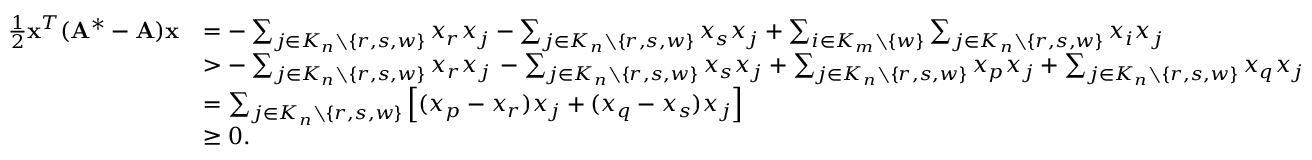
\begin{array} { r l } { \frac { 1 } { 2 } \mathbf { x } ^ { T } ( \mathbf { A } ^ { * } - \mathbf { A } ) \mathbf { x } } & { = - \sum _ { j \in K _ { n } \setminus \{ r , s , w \} } x _ { r } x _ { j } - \sum _ { j \in K _ { n } \setminus \{ r , s , w \} } x _ { s } x _ { j } + \sum _ { i \in K _ { m } \setminus \{ w \} } \sum _ { j \in K _ { n } \setminus \{ r , s , w \} } x _ { i } x _ { j } } \\ & { > - \sum _ { j \in K _ { n } \setminus \{ r , s , w \} } x _ { r } x _ { j } \, - \sum _ { j \in K _ { n } \setminus \{ r , s , w \} } x _ { s } x _ { j } + \sum _ { j \in K _ { n } \setminus \{ r , s , w \} } x _ { p } x _ { j } + \sum _ { j \in K _ { n } \setminus \{ r , s , w \} } x _ { q } x _ { j } } \\ & { = \sum _ { j \in K _ { n } \setminus \{ r , s , w \} } \Big [ ( x _ { p } - x _ { r } ) x _ { j } + ( x _ { q } - x _ { s } ) x _ { j } \Big ] } \\ & { \ge 0 . } \end{array}